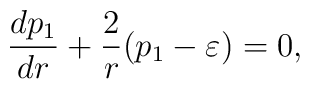
\frac{dp_1}{dr}+\frac{2}{r}(p_1-\varepsilon )=0,